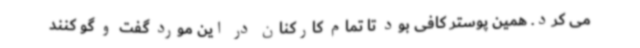
می کرد. همین پوستر کافی بود تا تمام کارکنان در این مورد گفت و گو کنند